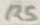
Text: R5